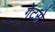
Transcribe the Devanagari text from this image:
गेटसे